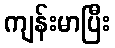
ကျန်းမာပြီး